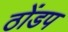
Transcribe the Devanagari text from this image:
ठोंडप